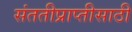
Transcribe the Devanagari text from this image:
संततीप्राप्तीसाठी